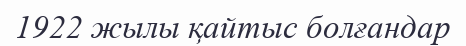
1922 жылы қайтыс болғандар